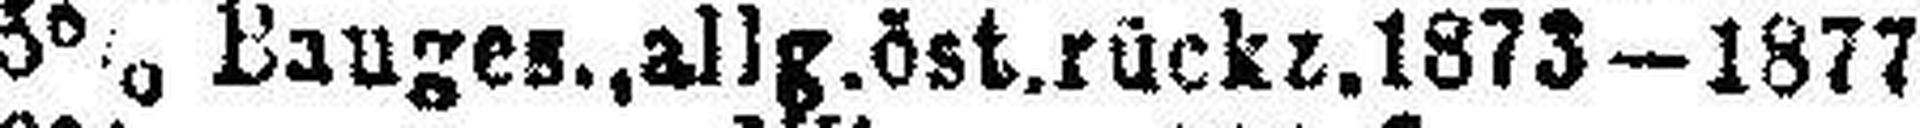
3% Bauges.,allg.öst.rückz.1873–1877